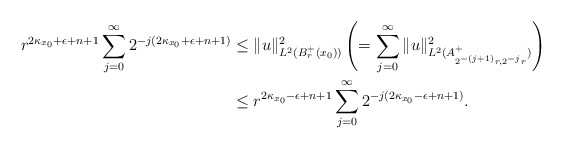
\begin{align*}r^{2\kappa_{x_0}+\epsilon+n+1}\sum_{j=0}^{\infty} 2^{-j(2\kappa_{x_0}+\epsilon+n+1)}&\leq \|u\|_{L^2(B_r^+(x_0))}^2 \left( =\sum_{j=0}^\infty \|u\|_{L^2(A_{2^{-(j+1)}r,2^{-j}r}^+)}^2\right) \\&\leq r^{2\kappa_{x_0}-\epsilon+n+1}\sum_{j=0}^{\infty} 2^{-j(2\kappa_{x_0}-\epsilon+n+1)}.\end{align*}